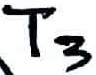
Text: T3